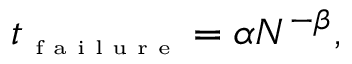
t _ { \textrm { \tiny f a i l u r e } } = \alpha N ^ { - \beta } ,